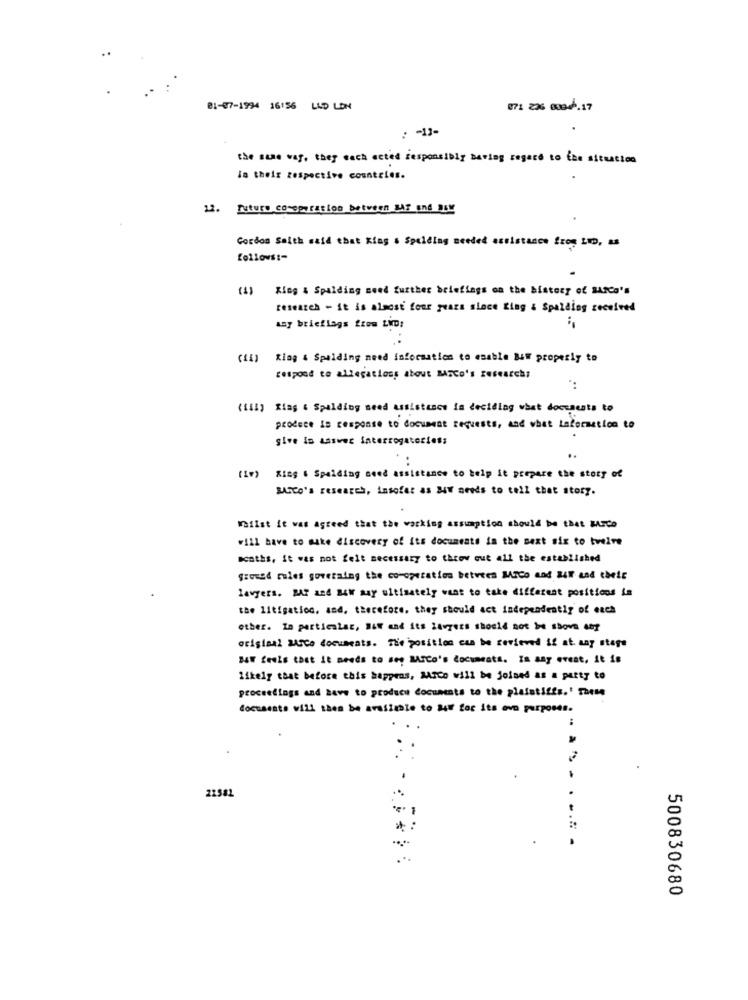
01-07-1994 16:56 LUD LON
071 226 00946.17
-13-
..
the same waf, they each acted responsibly having regard to the situation
in their respective countries.
12. future cooperation between Bir and Dow
Cordos Saith said that King & Spalding needed estistance frog LID, as
follows :-
)King . Spalding seed further briefings on the history of SA2Ca's
research - it is almost four years since King & Spalding received
any brieflags fiom LWD:
Ring & Spalding need information to enable B4W properly to
respond to allegations about BATCo's research;
(III) King & Spalding need assistance in deciding what documents to
produce in response to document requests, and what Isforaction to
give in answer interrogatorios;
..
(Iv) Ring 6 Spalding need assistance to help it prepare the story of
BASCo's research, insofer as 24Y needs to tell that story.
Whilst it was agreed that the working assumption should be that MAICo
will have to make discovery of its documents in the sext six to twelve
scaths, it was not felt necessary to throw out all the established
ground rules governing the co-operation between MiCo and 24 and their
lawyers. BAT and Bow may ultimately want to take different positions in
the litigation, and, therefore, they should act independently of each
other. In particular, B&W and its Zavgets should not be shove Auf
original SArco documents. The position can be reviewed if at any stage
BUT feels that it needs to seg MASCo's documents. In any event, it is
likely that before this happens, AArco will be joined as a party to
proceedings and have to produce documents to the plaintiffs.' TheMe
documento will then be available to 4W for its ovo purposes.
:
22582
.....
500830680